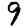
Digit: 9